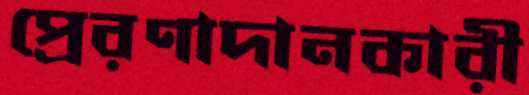
প্রেরণাদানকারী